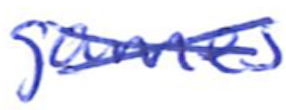
Text: games
Cross-out: cross
Writing tool: ballpoint